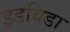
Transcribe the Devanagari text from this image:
इडविडा